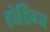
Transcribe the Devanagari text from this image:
होर्डिंग्ज